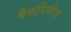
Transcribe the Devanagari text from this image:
मैकगिनीज